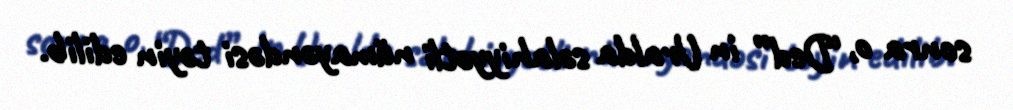
sonra o, “Ded” in Uralda səlahiyyətli nümayəndəsi təyin edilib.